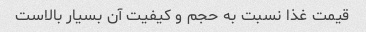
قیمت غذا نسبت به حجم و کیفیت آن بسیار بالاست